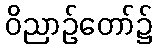
ဝိညာဉ်တော်၌